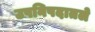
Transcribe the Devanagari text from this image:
उपनिषदातले